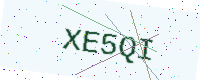
Text: XE5QI